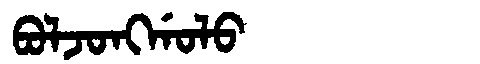
Manchu: ᠪᠣᠯᠵᠣᠩᡤᠣᠯᠣ
Romanization: BOLJONGGOLO